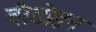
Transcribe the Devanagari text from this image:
बौडोइन